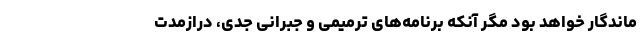
ماندگار خواهد بود مگر آنکه برنامه‌های ترمیمی و جبرانی جدی، درازمدت